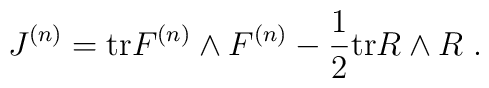
J^{(n)}    = {\rm tr}F^{(n)}\wedge F^{(n)}       - \frac{1}{2}{\rm tr}R\wedge R \; .